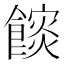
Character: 𮩏